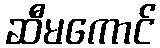
ဆီမကောင်